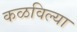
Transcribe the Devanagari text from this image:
कळविल्या